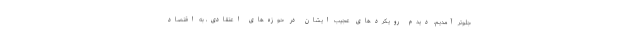
جلوتر آمدیم، دیدم رویکردهای عجیب ایشان در حوزه‌های اعتقادی، به اقتصاد